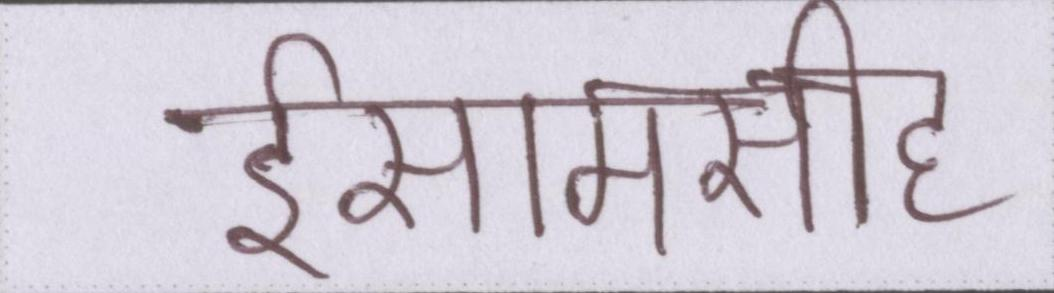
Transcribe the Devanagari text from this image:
ईसामसीह